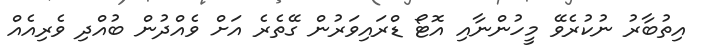
އިތުބާރު ނުކުރެވޭ މީހުންނާއި އޮޓޯ ޑްރައިވަރުން ގޭތެރެ އަށް ވެއްދުން ބުއްދި ވެރިއެއް